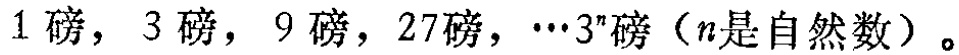
$1$磅，$3$磅，$9$磅，$27$磅，$\cdots3^{n}$磅（$n$是自然数）。